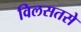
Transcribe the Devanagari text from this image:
विलसतसे